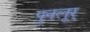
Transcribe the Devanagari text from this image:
पुनलूर्